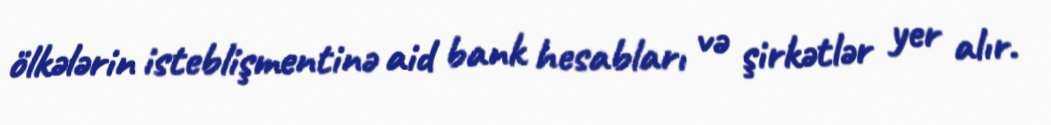
ölkələrin isteblişmentinə aid bank hesabları və şirkətlər yer alır.